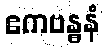
ဧကဗန္ဓနံ